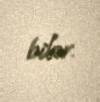
bilər.